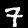
Digit: 7